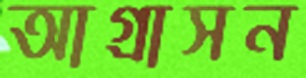
আগ্রাসন